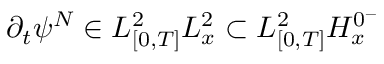
\partial _ { t } \psi ^ { N } \in L _ { [ 0 , T ] } ^ { 2 } L _ { x } ^ { 2 } \subset L _ { [ 0 , T ] } ^ { 2 } H _ { x } ^ { 0 ^ { - } }